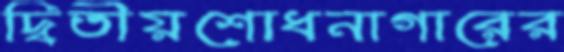
দ্বিতীয়শোধনাগারের